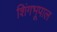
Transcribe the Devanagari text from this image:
शिंगभूपाल